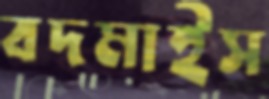
বদমাইস